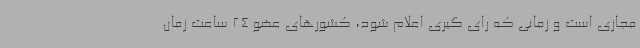
مجازی است و زمانی که رای گیری اعلام شود، کشورهای عضو 24 ساعت زمان